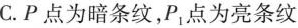
C.P点为暗条纹，P1点为亮条纹